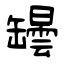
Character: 罎